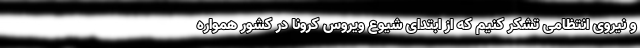
و نیروی انتظامی تشکر کنیم که از ابتدای شیوع ویروس کرونا در کشور همواره